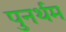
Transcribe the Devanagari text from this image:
पुनर्थम